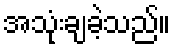
အသုံးချခဲ့သည်။